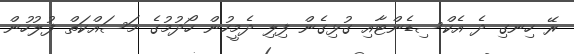
ރޭ ހިނގި ދެ އެކްސިޑެންޓާއި ގުޅިގެން ފިލި ދެމީހުން ހޯދުމުގެ މަސައްކަތް ފުލުހުން